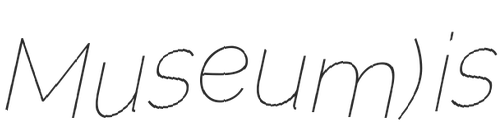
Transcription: Museum) is